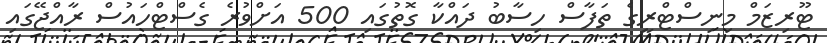
ޓޫރިޒަމް މިނިސްޓްރީގެ ތަފާސް ހިސާބު ދައްކާ ގޮތުގައި 500 އަށްވުރެ ގެސްޓްހައުސް ރާއްޖޭގައި